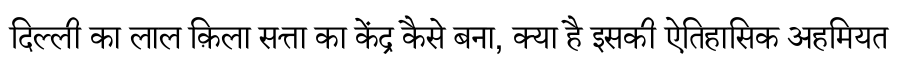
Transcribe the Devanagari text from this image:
दिल्ली का लाल क़िला सत्ता का केंद्र कैसे बना, क्या है इसकी ऐतिहासिक अहमियत